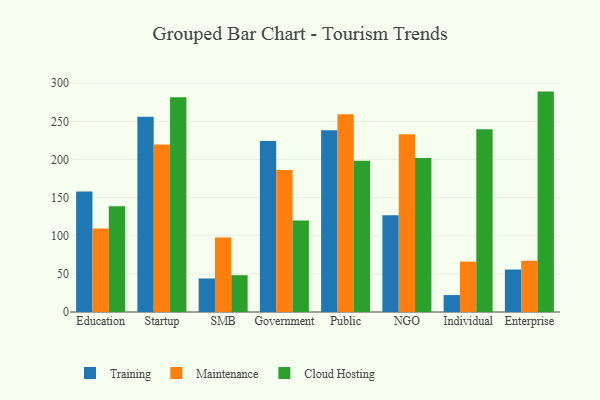
{"axis": {"x": "Segment", "y": "Net Income (USD K)"}, "legend": ["Cloud Hosting", "Maintenance", "Training"], "data": [{"x": "Education", "y": 158.2, "type": "Training"}, {"x": "Education", "y": 109.5, "type": "Maintenance"}, {"x": "Education", "y": 138.8, "type": "Cloud Hosting"}, {"x": "Startup", "y": 256.2, "type": "Training"}, {"x": "Startup", "y": 219.8, "type": "Maintenance"}, {"x": "Startup", "y": 281.7, "type": "Cloud Hosting"}, {"x": "SMB", "y": 44.0, "type": "Training"}, {"x": "SMB", "y": 97.6, "type": "Maintenance"}, {"x": "SMB", "y": 48.3, "type": "Cloud Hosting"}, {"x": "Government", "y": 224.4, "type": "Training"}, {"x": "Government", "y": 186.2, "type": "Maintenance"}, {"x": "Government", "y": 119.9, "type": "Cloud Hosting"}, {"x": "Public", "y": 238.5, "type": "Training"}, {"x": "Public", "y": 259.4, "type": "Maintenance"}, {"x": "Public", "y": 198.5, "type": "Cloud Hosting"}, {"x": "NGO", "y": 126.9, "type": "Training"}, {"x": "NGO", "y": 233.1, "type": "Maintenance"}, {"x": "NGO", "y": 201.9, "type": "Cloud Hosting"}, {"x": "Individual", "y": 22.2, "type": "Training"}, {"x": "Individual", "y": 66.1, "type": "Maintenance"}, {"x": "Individual", "y": 239.6, "type": "Cloud Hosting"}, {"x": "Enterprise", "y": 55.7, "type": "Training"}, {"x": "Enterprise", "y": 67.3, "type": "Maintenance"}, {"x": "Enterprise", "y": 289.1, "type": "Cloud Hosting"}]}